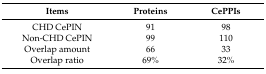
<table><thead><tr><td><b>Items</b></td><td><b>Proteins</b></td><td><b>CePPIs</b></td></tr></thead><tbody><tr><td>CHD CePIN</td><td>91</td><td>98</td></tr><tr><td>Non-CHD CePIN</td><td>99</td><td>110</td></tr><tr><td>Overlap amount</td><td>66</td><td>33</td></tr><tr><td>Overlap ratio</td><td>69%</td><td>32%</td></tr></tbody></table>